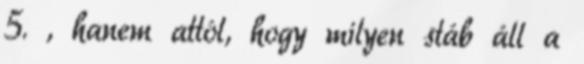
5. , hanem attól, hogy milyen stáb áll a